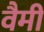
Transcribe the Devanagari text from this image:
वैमी